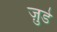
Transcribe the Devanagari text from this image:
जु़डे